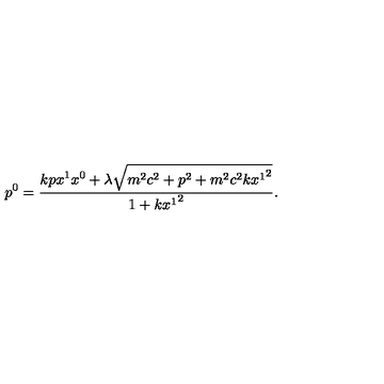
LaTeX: p ^ { 0 } = \frac { k p x ^ { 1 } x ^ { 0 } + \lambda \sqrt { m ^ { 2 } c ^ { 2 } + p ^ { 2 } + m ^ { 2 } c ^ { 2 } k { x ^ { 1 } } ^ { 2 } } } { 1 + k { x ^ { 1 } } ^ { 2 } } .